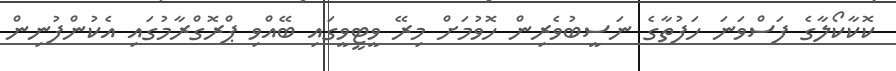
ކޮކާކޯލާގެ ފަސްވަނަ ހަފުތާގެ ނަސީބުވެރިން ހޮވުމަށް މިރޭ ވީޓީވީގައި ބޭއްވި ޕްރޮގްރާމުގައި އެކުންފުނިން